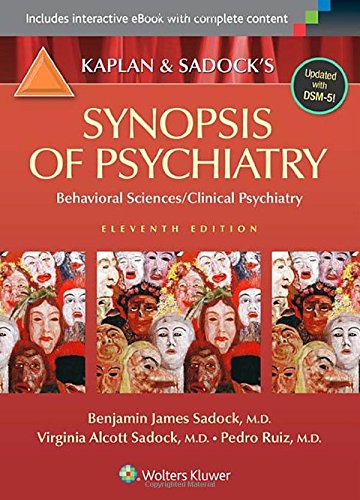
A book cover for Kaplan and Sadock's Synopsis of Psychiatry: Behavioral Sciences/Clinical Psychiatry; Benjamin J. Sadock; Medical Books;